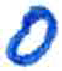
אות: ס